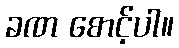
ခဏ စောင့်ပါ။